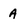
Character: A